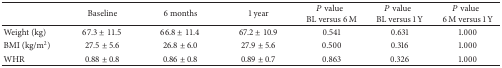
<table><thead><tr><td><b> </b></td><td><b>Baseline</b></td><td><b>6 months</b></td><td><b>1 year</b></td><td><b><i>P</i> valueBL versus 6 M</b></td><td><b><i>P</i> valueBL versus 1 Y</b></td><td><b><i>P</i> value6 M versus 1 Y</b></td></tr></thead><tbody><tr><td>Weight (kg)</td><td>67.3 ± 11.5</td><td>66.8 ± 11.4</td><td>67.2 ± 10.9</td><td>0.541</td><td>0.631</td><td>1.000</td></tr><tr><td>BMI (kg/m<sup>2</sup>)</td><td>27.5 ± 5.6</td><td>26.8 ± 6.0</td><td>27.9 ± 5.6</td><td>0.500</td><td>0.316</td><td>1.000</td></tr><tr><td>WHR</td><td>0.88 ± 0.8</td><td>0.86 ± 0.8</td><td>0.89 ± 0.7</td><td>0.863</td><td>0.326</td><td>1.000</td></tr></tbody></table>